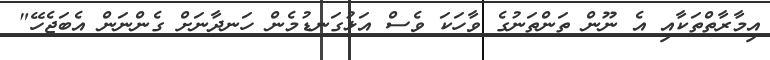
އިމާރާތްތަކާއި އެ ނޫން ތަންތަނުގެ ވާހަކަ ވެސް އަޅުގަނޑުމެން ހަނދާނަށް ގެންނަން އެބަޖެހޭ"